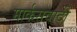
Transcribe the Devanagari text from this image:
मार्कसवादी